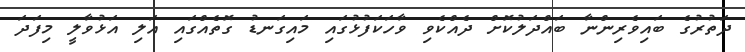
ދަތުރުގެ ބައިވެރިންނާ ބައްދަލުކޮށް ދެއްކެވި ވާހަކަފުޅުގައި މައިގަނޑު ގޮތެއްގައި އަލި އަޅުވާލީ މިފަދަ